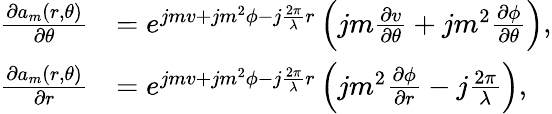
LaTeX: \begin{array}{rl}{\frac{{\partial{a_{m}}(r,\theta)}}{{\partial\theta}}}&{={e^{jmv+j{m^{2}}\phi-j\frac{{2\pi}}{\lambda}r}}\left({jm\frac{{\partial v}}{{\partial\theta}}+j{m^{2}}\frac{{\partial\phi}}{{\partial\theta}}}\right),}\\ {\frac{{\partial{a_{m}}(r,\theta)}}{{\partial r}}}&{={e^{jmv+j{m^{2}}\phi-j\frac{{2\pi}}{\lambda}r}}\left({j{m^{2}}\frac{{\partial\phi}}{{\partial r}}-j\frac{{2\pi}}{\lambda}}\right),}\end{array}